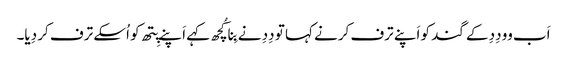
اَب وو دِدِ کے گند کو اَپنے ترف کرنے کہا تو دِدِ نے بِنا کُچھ کہے اَپنے پِتھ کو اُسکے ترف کر دِیا۔